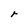
Character: r